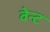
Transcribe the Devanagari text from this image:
वेन्ट